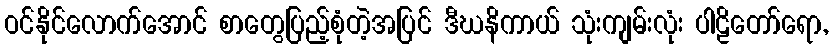
ဝင်နိုင်လောက်အောင် စာတွေပြည့်စုံတဲ့အပြင် ဒီဃနိကာယ် သုံးကျမ်းလုံး ပါဠိတော်ရော,